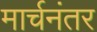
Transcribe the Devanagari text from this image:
मार्चनंतर